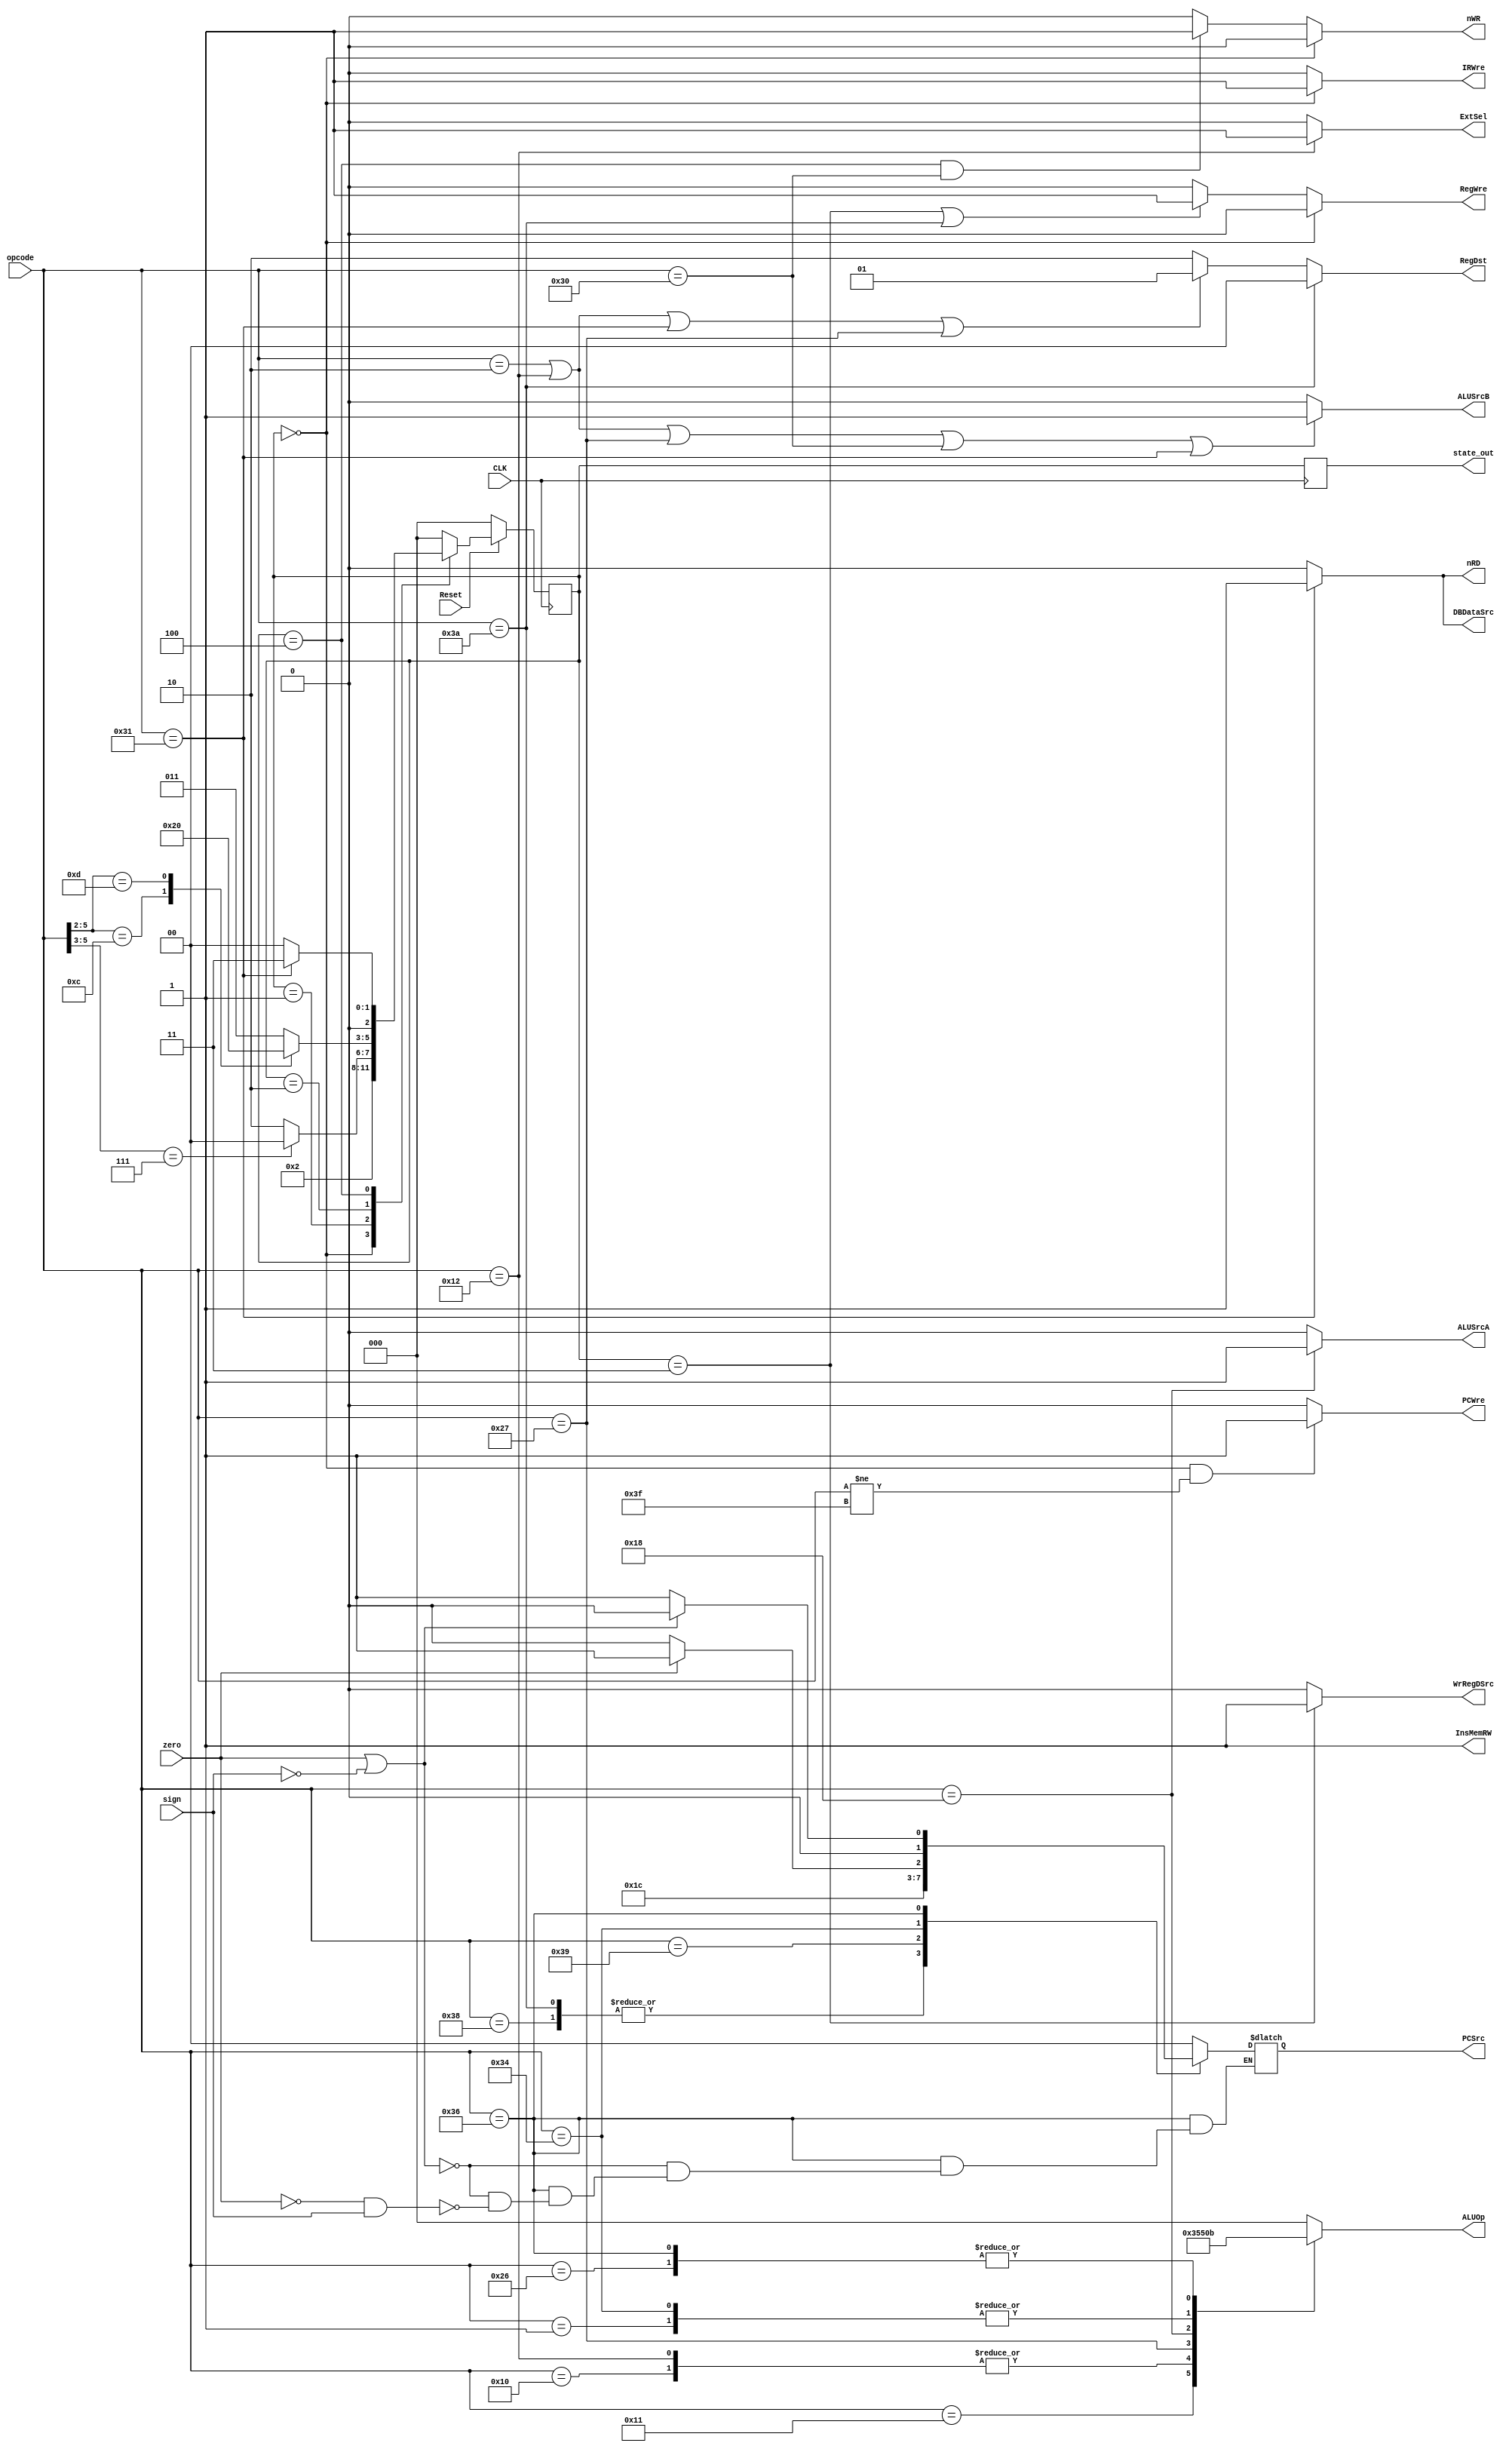
`timescale 1ns / 1ps
//////////////////////////////////////////////////////////////////////////////////
// Company: 
// Engineer: 
// 
// Design Name: 
// Module Name: controlUnit
// Project Name: 
// Target Devices: 
// Tool Versions: 
// Description: 
// 
// Dependencies: 
// 
// Revision:
// Revision 0.01 - File Created
// Additional Comments:
// 
//////////////////////////////////////////////////////////////////////////////////


module controlUnit(
    input [5:0] opcode,   
    input zero, sign , CLK, Reset,  
    output reg PCWre, ALUSrcA, ALUSrcB, DBDataSrc, RegWre, WrRegDSrc, InsMemRW, nRD, nWR, IRWre, ExtSel,
    output reg [1:0] PCSrc, RegDst,
    output reg [2:0] ALUOp, state_out
    ); 
     
    parameter [2:0] sif = 3'b000,   // sIF state  
                      sid = 3'b001,   // sID state  
                      sexe = 3'b010,  // addsubaddlorandorisltiusltsllbeqbltzswlw
                      smem = 3'b100,  // swlw
                      swb = 3'b011;   // addsubaddiorandorisltiusltslllw
                            
     parameter [5:0] add = 6'b000000,  
                       sub = 6'b000001,
                       addi = 6'b000010,
                       Or = 6'b010000,
                       And = 6'b010001,
                       ori = 6'b010010,
                       sll = 6'b011000,
                       slt = 6'b100110,
                       sltiu = 6'b100111,
                       sw = 6'b110000,
                       lw = 6'b110001,
                       beq = 6'b110100,
                       bltz = 6'b110110,
                       j = 6'b111000,
                       jr = 6'b111001,
                       jal = 6'b111010,
                       halt = 6'b111111;        
                                   
     reg [2:0] state, next_state;  
      
    initial begin  
        PCWre = 0;
        ALUSrcA = 0;
        ALUSrcB = 0;
        DBDataSrc = 0;
        RegWre = 0;
        WrRegDSrc = 0;
        InsMemRW = 0;
        nRD = 0;
        nWR = 0;
        IRWre = 0;
        ExtSel = 0;
        PCSrc = 2'b00;
        RegDst = 2'b00;
        ALUOp = 3'b000;  
        state = sif;  
        state_out = state;  
    end  
      
    always @(posedge CLK) begin  
         if (Reset == 0) begin  
              state <= sif;  
          end else begin  
              state <= next_state;  
          end  
          state_out = state;  
     end  
      
    always @(state or opcode) begin  
        case(state)  
            sif: next_state = sid;  
            sid: begin  
                    case (opcode[5:3])  
                        3'b111: next_state = sif; // j, jal, jr, halt
                        default: next_state = sexe; // addsubaddlorandorisltiusltsllbeqbltzswlw 
                    endcase  
                 end  
            sexe: begin
                    case (opcode[5:2])
                        4'b1100: next_state = smem; //swlw
                        4'b1101: next_state = sif; //beqbltz
                        default : next_state = swb; // addsubaddiorandorisltiusltsll
                    endcase
                  end   
            smem: begin  
                    if (opcode == 6'b110001) next_state = swb; // lw  
                    else next_state = sif; // sw  
                 end  
            swb: next_state = sif;
            default: next_state = sif;  
        endcase  
    end  
           
    always @(state) begin  
      
        // PCWre  
        if (state == sif && opcode != halt) PCWre = 1;  
        else PCWre = 0;  
            
        //ALUSrcA
        if(opcode == sll) ALUSrcA = 1;
        else ALUSrcA = 0;
                
        // ALUSrcB  
        if (opcode == addi || opcode == ori || opcode == sltiu || opcode == sw || opcode == lw) ALUSrcB = 1;  
        else ALUSrcB = 0;  
            
        //DBDataSrc
        if(opcode == lw) DBDataSrc = 1;
        else DBDataSrc = 0;    
        
        // RegWre  
        if (state == swb || opcode == jal) RegWre = 1;  
        else RegWre = 0;  
        
        // WrRegDsrc  
        if (state == swb) WrRegDSrc = 1;  
        else WrRegDSrc = 0;    
        
        // InsMemRW  
        InsMemRW = 1;  
        
        // nWR  
        if (state == smem && opcode == sw)  nWR = 1;  
        else nWR = 0;  
                 
        //nRD
        if(opcode == lw) nRD = 1;
        else nRD = 0;
        
        // IRWre  
        if (state == sif) IRWre = 1;  
        else IRWre = 0;  

        // ExtSel  
        if (opcode == ori) ExtSel = 2'b01;  
        else if (opcode == sll) ExtSel = 2'b00;  
        else ExtSel = 2'b10;  
        
        // PCSrc  
        case(opcode)  
            j: PCSrc = 2'b11;  
            jal: PCSrc = 2'b11;  
            jr: PCSrc = 2'b10;  
            beq: begin  
                if (zero) PCSrc = 2'b01;  
                else PCSrc = 2'b00;  
            end  
            bltz: begin
                if(zero || !sign) PCSrc = 2'b00;
                else if(!zero && sign) PCSrc = 2'b01;
            end
            default: PCSrc = 2'b00;  
        endcase  
        
        // RegDst  
        if (opcode == jal) RegDst = 2'b00;  
        else if (opcode == addi || opcode == ori || opcode == lw || opcode == sltiu) RegDst = 2'b01;  
        else RegDst = 2'b10;  
          
        // ALUOp  
        case(opcode)  
            add: ALUOp = 3'b000;
            sub: ALUOp = 3'b001;  
            addi: ALUOp = 3'b000;
            Or: ALUOp = 3'b101;  
            And: ALUOp = 3'b110;  
            ori: ALUOp = 3'b101;  
            slt: ALUOp = 3'b011;
            sltiu: ALUOp = 3'b010;  
            sll: ALUOp = 3'b100;  
            beq: ALUOp = 3'b001; 
            bltz: ALUOp = 3'b011;
            default: ALUOp = 3'b000;  
        endcase  
          
          // IF  
        if (state == sif) begin  
            RegWre = 0;  
            nWR = 0;  
        end  
    end  
      
       
endmodule